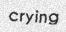
crying